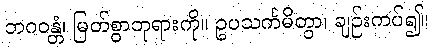
ဘဂဝန္တံ၊ မြတ်စွာဘုရားကို။ ဥပသင်္ကမိတွာ၊ ချဉ်းကပ်၍။